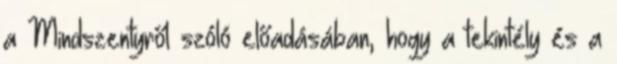
a Mindszentyről szóló előadásában, hogy a tekintély és a